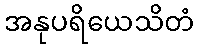
အနုပရိယေသိတံ